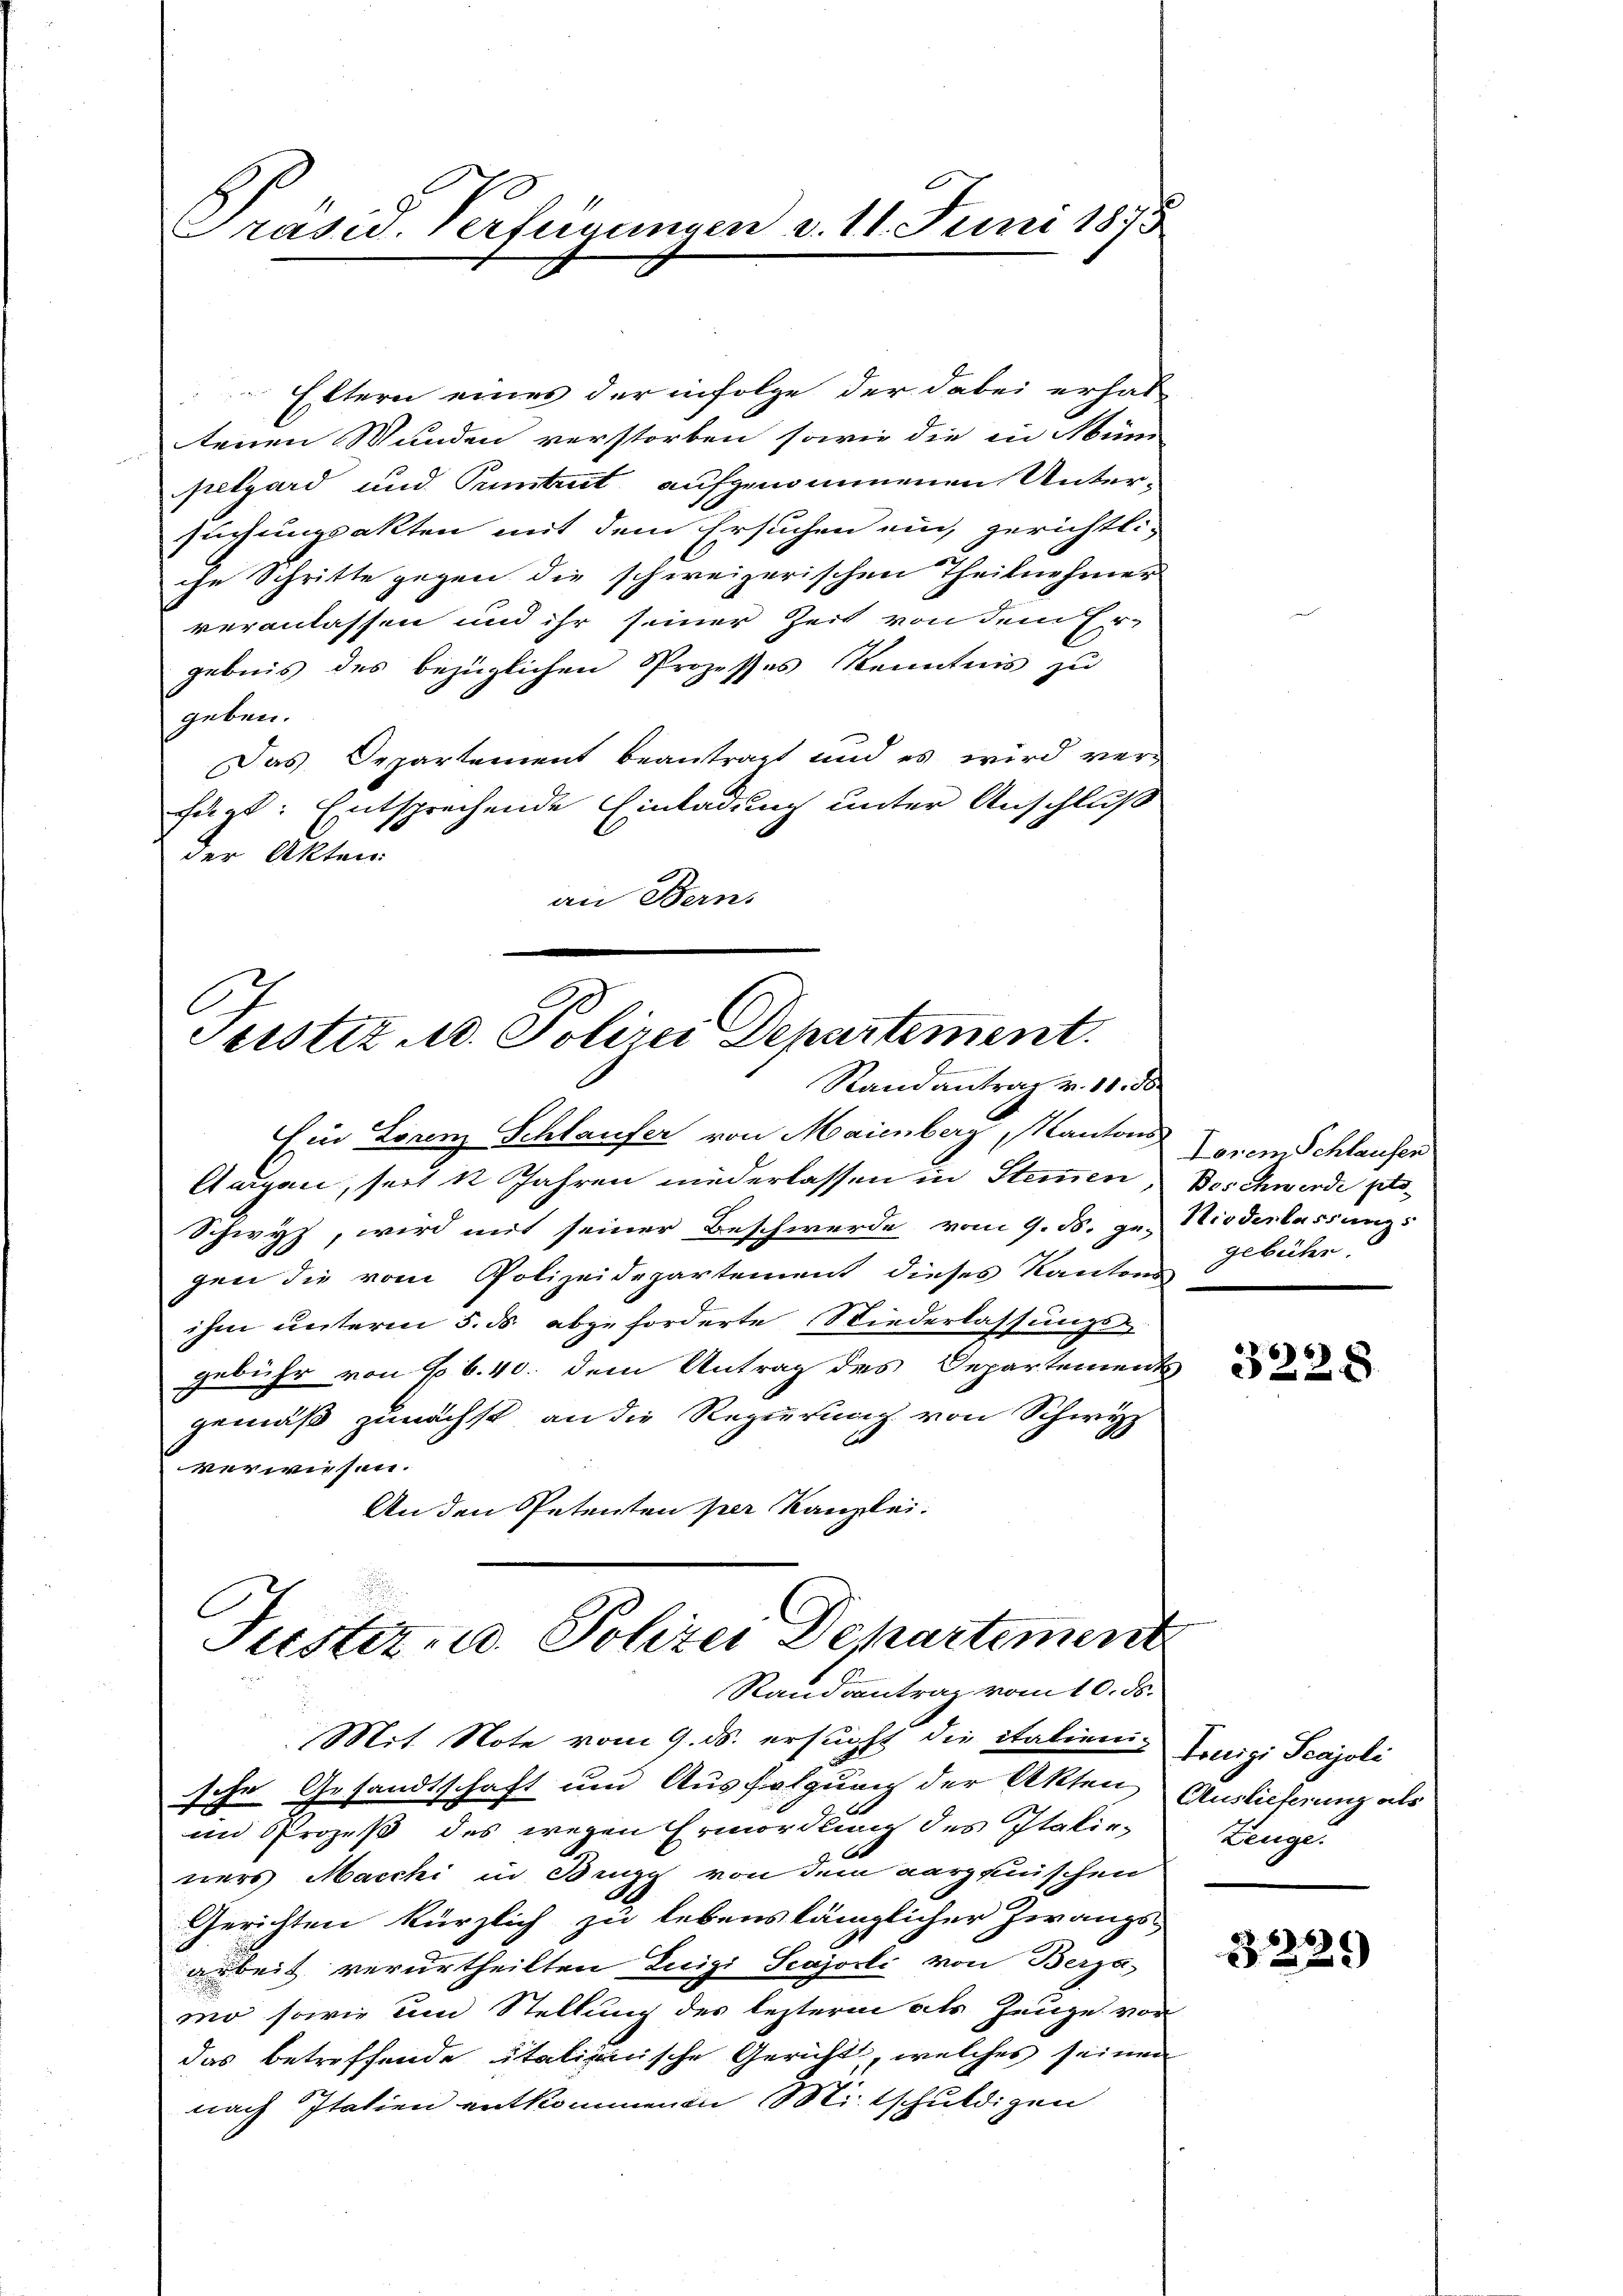
Präsid. Verfügungen d. 11. Juni 1875

C
Justiz u. Polizei Departement.
Randantrag v. 10. d

Eltern eines der infolge der dabei erhal
tenen Wunden verstorben sowie die in Mün
pelgard und Pumtut aufgenommenen Untersuchungsakten mit dem Ersuchen ein, gerichtli
che Schritte gegen die schweizerischen Theilnehmer
veranlassen und ihr seiner Zeit von dem Er-
gebnis des bezüglichen Prozesses Kenntnis zu
geben.
Das Departement beantragt und es wird ver-
fügt: Entsprechende Einladung unter Anschluß
der Akten.
an Berns

Ein Lorenz Schlaufer von Maienberg, Kantons
Augen, seit 12 Jahren niederlassen in Stimmen
Schwyz, wird mit seiner Beschwerde vom 9. d. ge-
gen die vom Polizeidepartement dieses Kantons
ihm unterm 5. ds. abgeforderte Niederlassungs-
gebühr von No 6. 40. dem Antrag des Departements
gemäß zunächst an die Regierung von Schwyz
verwiesen.
An den Petenten per Kanzlei.

Justiz- u. Polizei Departement
Randantrag vom 10. ds.
.

Mit Note vom 9. ds. ersucht die italienig Louigi Scajoli
sche Gesandtschaft und Ausfolgung der Akten Auslieferung als
.
d
im Prozeß des wegen Ermordung des Italie-
b
ners Macchi in Brugg von dem verzinischen
Gerichten kürzlich zu lebenslänglicher Zwangs-
arbeit verurtheilten Luigi Scajodli von Berga
mo sowie um Stellung des lezterm als Zeuge vor
das betreffende italienische Gericht, welches seinen
nach Italien entkommenen Mitschuldigen

Lorem Schlausen
Beschwerde sto
Hiederlassungs
gebühr.

322.8.

Zeuge.

6
329)